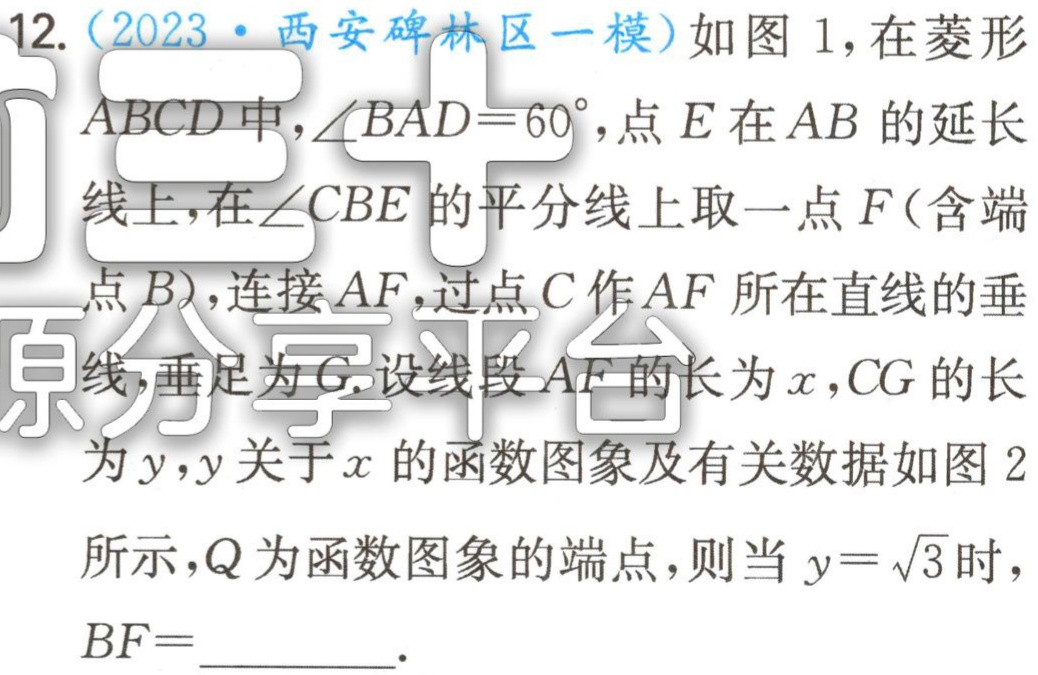
12.（2023·西安碑林区一模）如图1，在菱形

$ABCD$中，$\angle BAD = 60^{\circ}$，点$E$在$AB$的延长

线上，在$\angle CBE$的平分线上取一点$F$（含端

点$B$），连接$AF$，过点$C$作$AF$所在直线的垂

线，垂足为$G$. 设线段$AF$的长为$x$，$CG$的长

为$y$，$y$关于$x$的函数图象及有关数据如图2

所示，$Q$为函数图象的端点，则当$y = \sqrt{3}$时，

$BF =$________.